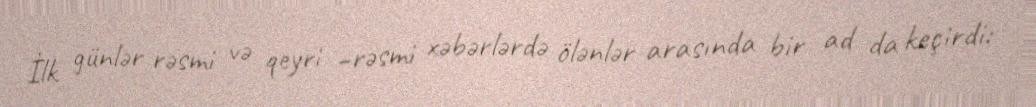
İlk günlər rəsmi və qeyri –rəsmi xəbərlərdə ölənlər arasında bir ad da keçirdi: